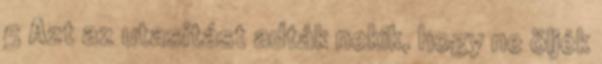
5 Azt az utasítást adták nekik, hogy ne öljék